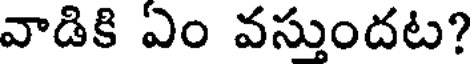
వాడికి ఏం వస్తుందట?